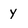
Character: Y